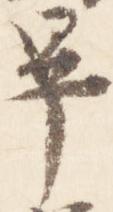
畢